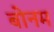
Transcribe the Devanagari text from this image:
बोनम